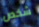
شخص